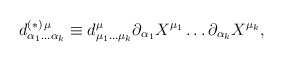
\begin{align*}d^{(\ast) \, \mu}_{\alpha_{1} \ldots \alpha_{k}} \equiv d^{\mu}_{\mu_{1} \ldots\mu_{k}} \partial_{\alpha_{1}} X^{\mu_{1}} \ldots \partial_{\alpha_{k}}X^{\mu_{k}} , \end{align*}